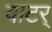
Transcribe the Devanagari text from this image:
वाटर्